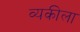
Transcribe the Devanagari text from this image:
व्यकीला